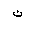
Letter: _non